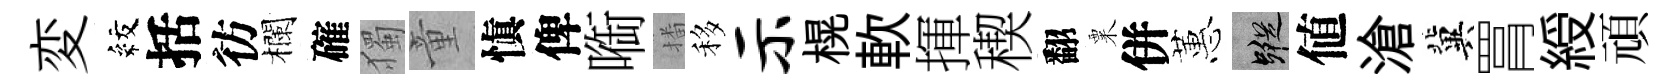
変紋括彷欄確獨童愼俾㗸播移示榥軟揮稧翻粟併蕙蹤値滄冀罥綬頑